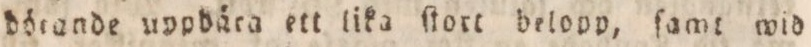
dötande uppdära ett lika ſtort belopp, ſamt wid